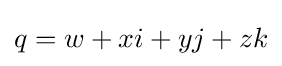
q=w+xi+yj+zk